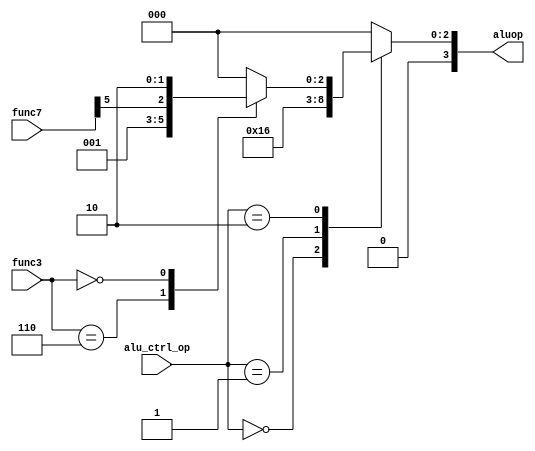
module alu_ctrl (
    input [1:0] alu_ctrl_op,
    input [6:0] func7,
    input [2:0] func3,
    output reg [3:0] aluop
);

    always @(*) begin
        case(alu_ctrl_op) 
            2'b00: aluop <= 4'b0010;
            2'b01: aluop <= 4'b0110;
            2'b10: begin
                case(func3)
                    3'b110:  aluop <= 4'b0001;
                    3'b111:  aluop <= 4'b0000;
                    3'b000:  aluop <= {1'b0,func7[5],2'b10};
                    default: aluop <= 4'b0000;                      
                endcase
            end
            default: aluop <= 4'b0000;               
        endcase
    end
    
endmodule